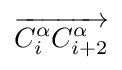
{\overrightarrow {C_{i}^{\alpha }C_{i+2}^{\alpha }}}